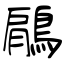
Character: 鵳